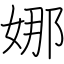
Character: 娜